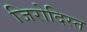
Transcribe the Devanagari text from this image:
जिरोदिस्त